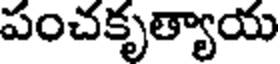
పంచకృత్యాయ